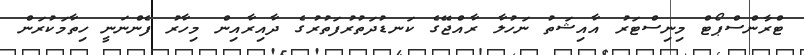
ޓްރާންސްޕޯޓް މިނިސްޓަރު އާއިޝަތު ނަހުލާ ރާއްޖޭގެ ކަނޑުދަތުރުފަތުރުގެ ދާއިރާއިން މިހާރު ފެންނަނީ ހިތާމަކުރަން